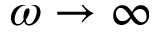
\omega \to \infty